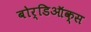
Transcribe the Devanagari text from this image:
बोर्डिऑक्स